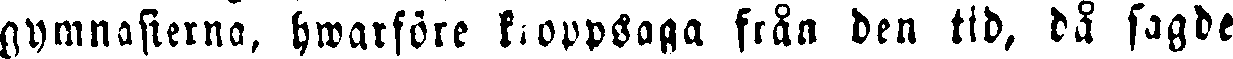
gymnasierna, hwarföre kroppsaga från den tid, då sagde